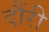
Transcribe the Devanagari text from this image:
दौंरी